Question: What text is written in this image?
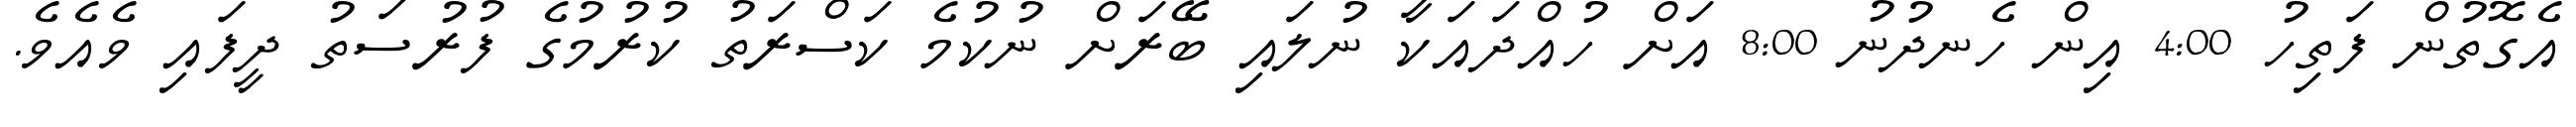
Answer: އެގޮތުން ފަތިހު 4:00 އިން ހެނދުނު 8:00 އަށް ހުއްދައަކާ ނުލައި ބޭރަށް ނުކުމެ ކަސްރަތު ކުރުމުގެ ފުރުސަތު ދީފައި ވެއެވެ.